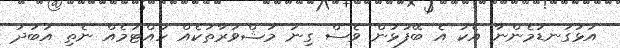
އަޅުގަނޑުމެންނާ އެކު އެ ބޭފުޅުން ވެސް ގިނަ މަޝްވަރާތަކެއް ހުއްޓުމެއް ނެތި އަބަދު